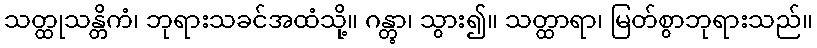
သတ္ထုသန္တိကံ၊ ဘုရားသခင်အထံသို့။ ဂန္တွာ၊ သွား၍။ သတ္ထာရာ၊ မြတ်စွာဘုရားသည်။